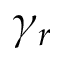
\gamma _ { r }